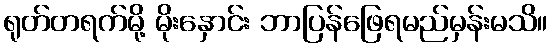
ရုတ်တရက်မို့ မိုးနှောင်း ဘာပြန်ဖြေရမည်မှန်းမသိ။